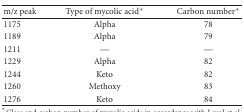
<table><thead><tr><td><b>m/z peak</b></td><td><b>Type of mycolic acid*</b></td><td><b>Carbon number*</b></td></tr></thead><tbody><tr><td>1175</td><td>Alpha</td><td>78</td></tr><tr><td>1189</td><td>Alpha</td><td>79</td></tr><tr><td>1211</td><td>—</td><td>—</td></tr><tr><td>1229</td><td>Alpha</td><td>82</td></tr><tr><td>1244</td><td>Keto</td><td>82</td></tr><tr><td>1260</td><td>Methoxy</td><td>83</td></tr><tr><td>1276</td><td>Keto</td><td>84</td></tr></tbody></table>